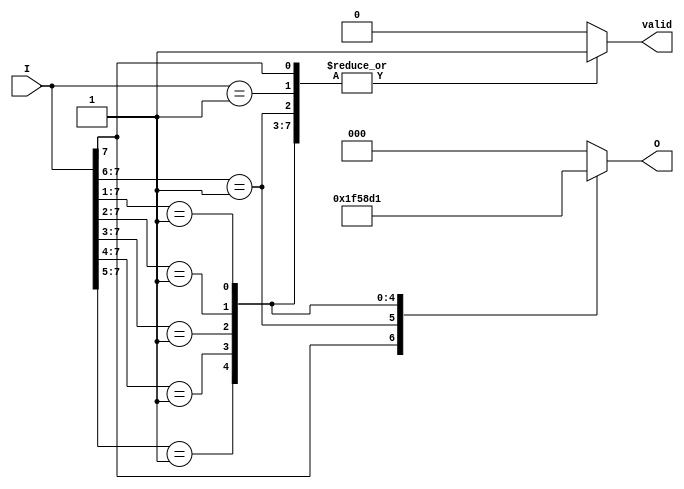
module priority_encoder #(parameter n = 8) (
    input  wire [n-1:0] I,        // n input signals
    output reg  [m-1:0] O,        // m output signals (encoded value)
    output reg        valid        // indicates if any input is active
);
    // Calculate the number of bits needed for output
    localparam m = (n <= 1) ? 1 : $clog2(n); // m = ceil(log2(n))

    always @(*) begin
        // Default outputs
        O = {m{1'b0}};   // Default output to 0
        valid = 1'b0;   // Default valid to 0

        // Check from highest priority to lowest
        casez (I)
            n'b1???????: begin O = n-1; valid = 1'b1; end // I[n-1]
            n'b01??????: begin O = n-2; valid = 1'b1; end // I[n-2]
            n'b001?????: begin O = n-3; valid = 1'b1; end // I[n-3]
            n'b0001????: begin O = n-4; valid = 1'b1; end // I[n-4]
            n'b00001???: begin O = n-5; valid = 1'b1; end // I[n-5]
            n'b000001??: begin O = n-6; valid = 1'b1; end // I[n-6]
            n'b0000001?: begin O = n-7; valid = 1'b1; end // I[n-7]
            n'b00000001: begin O = n-8; valid = 1'b1; end // I[n-8]
            default: begin O = {m{1'b0}}; valid = 1'b0; end // No input is active
        endcase
    end
endmodule